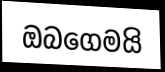
ඔබගෙමයි